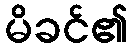
မိခင်၏